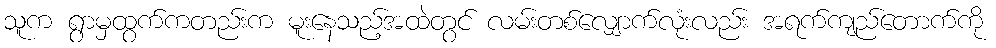
သူက ရွာမှထွက်ကတည်းက မူးနေသည့်အထဲတွင် လမ်းတစ်လျှောက်လုံးလည်း အရက်ကျည်တောက်ကို